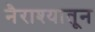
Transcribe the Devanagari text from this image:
नैराश्यातून